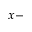
x -